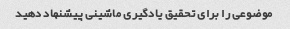
موضوعی را برای تحقیق یادگیری ماشینی پیشنهاد دهید